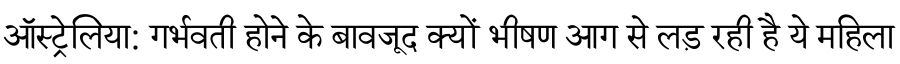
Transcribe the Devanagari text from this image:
ऑस्ट्रेलिया: गर्भवती होने के बावजूद क्यों भीषण आग से लड़ रही है ये महिला